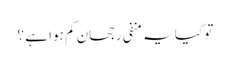
تو کیا یہ منفی رجحان کم ہوا ہے ؟